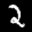
Label: 2